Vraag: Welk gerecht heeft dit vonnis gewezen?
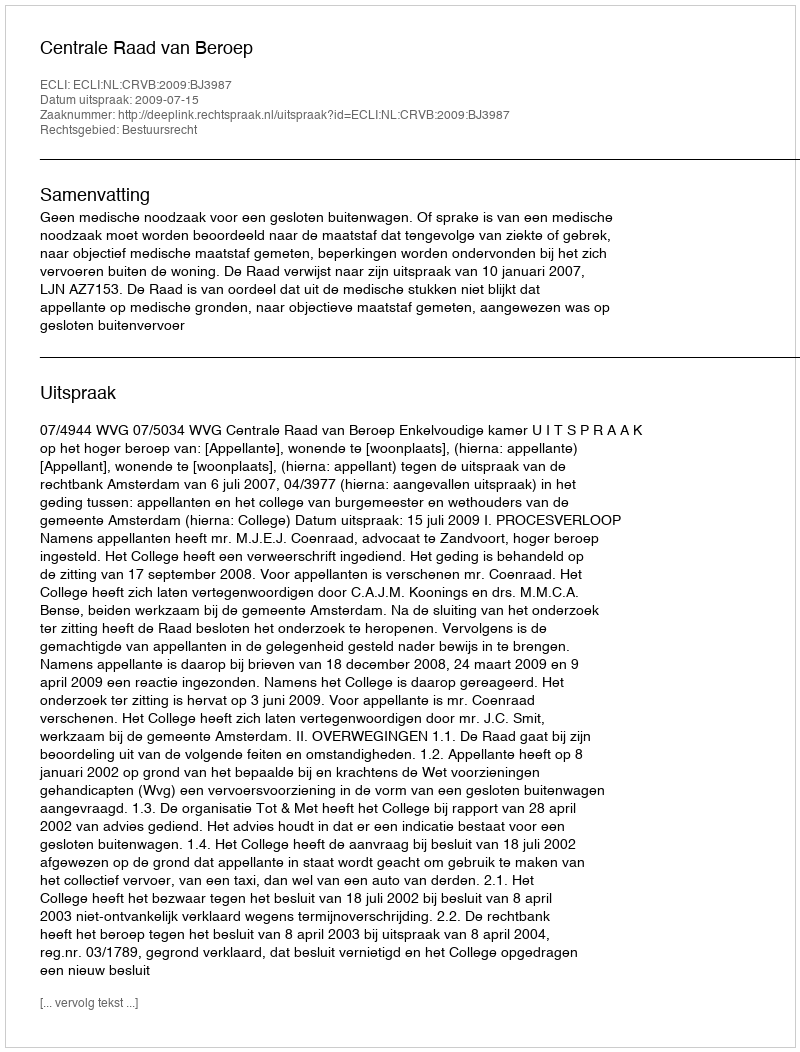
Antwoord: Centrale Raad van Beroep